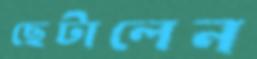
ছেটালেন